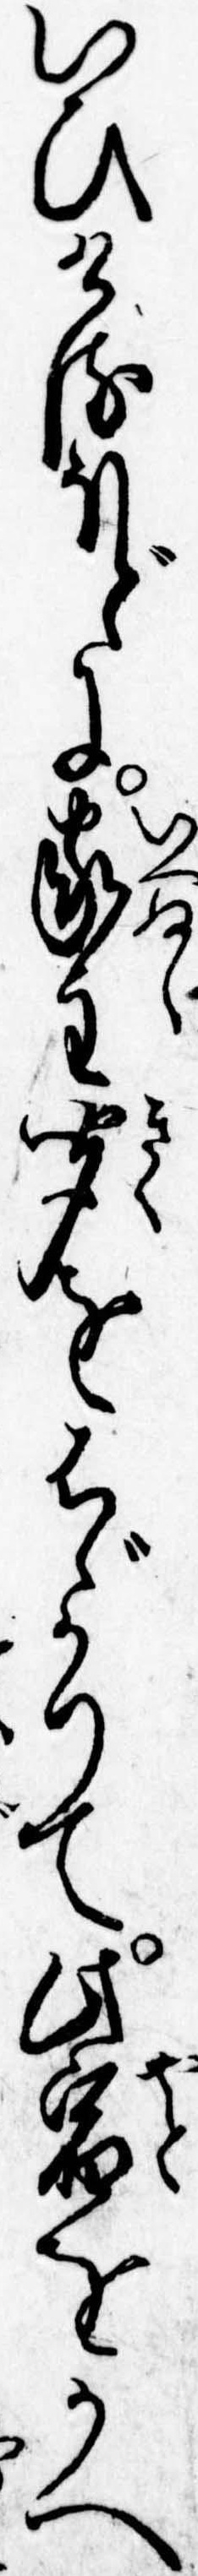
いひけるほどに家主聞をはゞかりて此宿をかへ